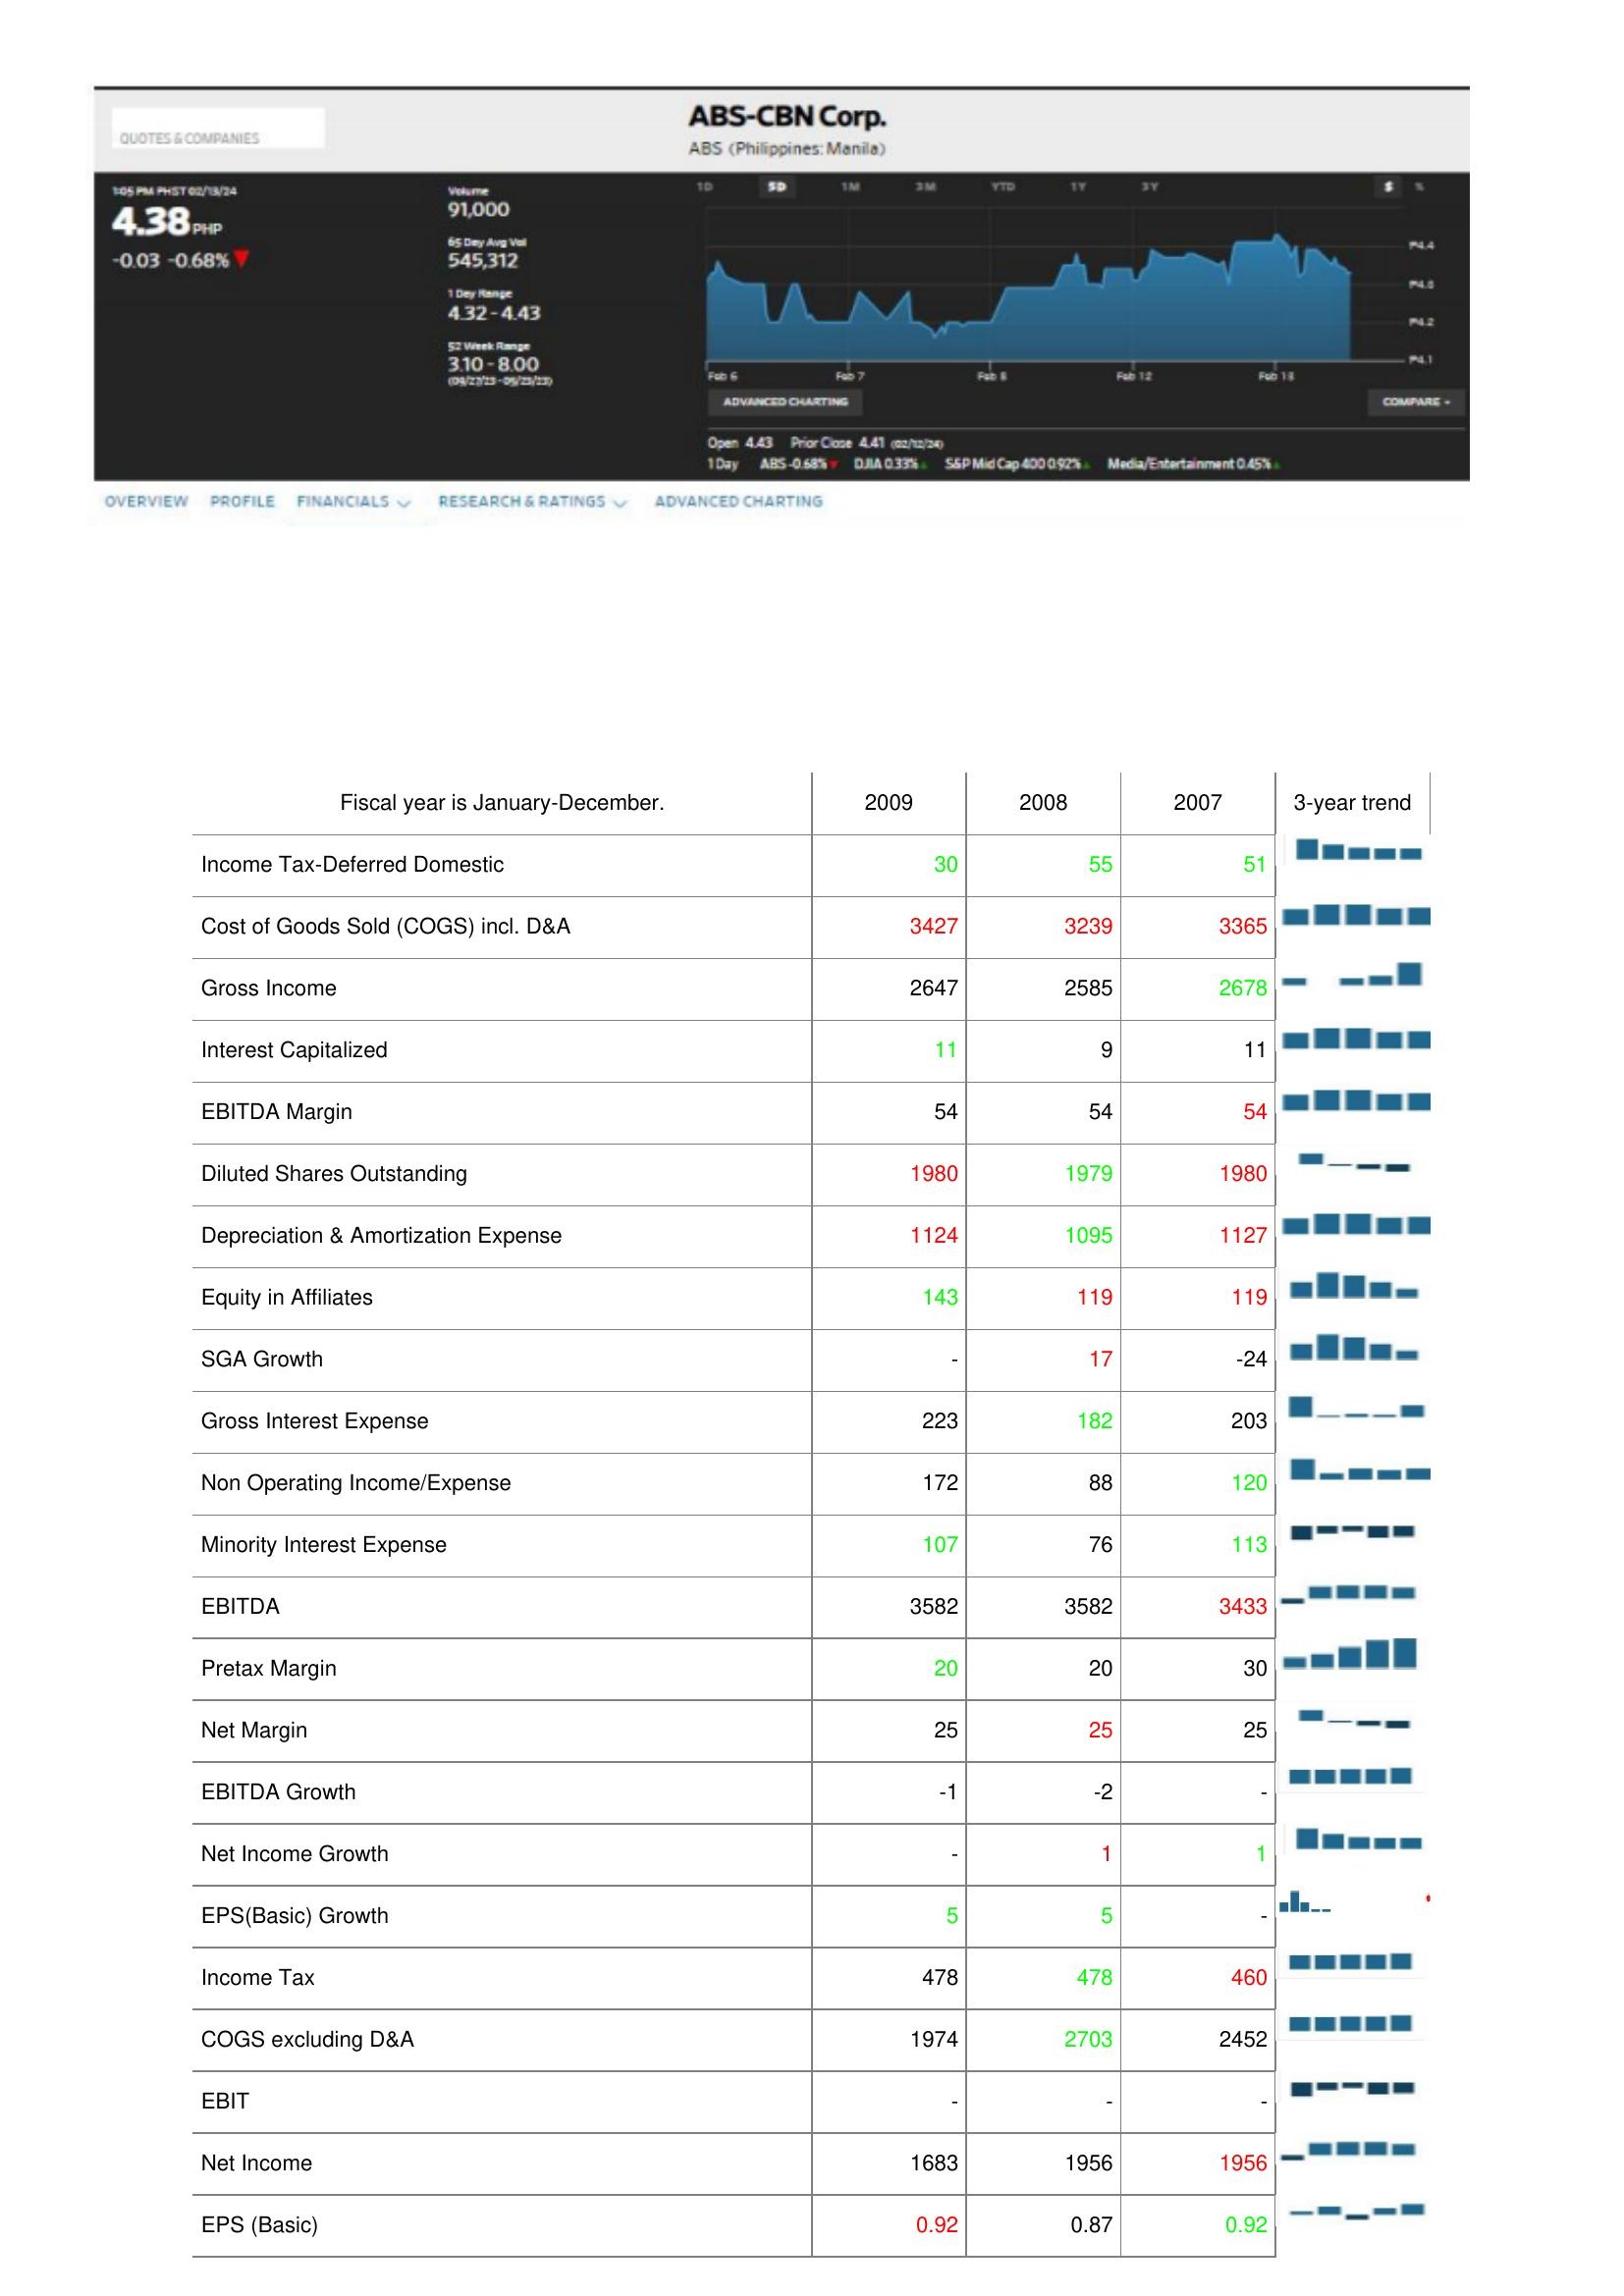
2009: : Income Tax-Deferred Domestic: 30
Cost of Goods Sold (COGS) incl. D&A: 3427
Gross Income: 2647
Interest Capitalized: 11
EBITDA Margin: 54
Diluted Shares Outstanding: 1980
Depreciation & Amortization Expense: 1124
Equity in Affiliates: 143
SGA Growth: -
Gross Interest Expense: 223
Non Operating Income/Expense: 172
Minority Interest Expense: 107
EBITDA: 3582
Pretax Margin: 20
Net Margin: 25
EBITDA Growth: -1
Net Income Growth: -
EPS(Basic) Growth: 5
Income Tax: 478
COGS excluding D&A: 1974
EBIT: -
Net Income: 1683
EPS (Basic): 0.92
2008: : Income Tax-Deferred Domestic: 55
Cost of Goods Sold (COGS) incl. D&A: 3239
Gross Income: 2585
Interest Capitalized: 9
EBITDA Margin: 54
Diluted Shares Outstanding: 1979
Depreciation & Amortization Expense: 1095
Equity in Affiliates: 119
SGA Growth: 17
Gross Interest Expense: 182
Non Operating Income/Expense: 88
Minority Interest Expense: 76
EBITDA: 3582
Pretax Margin: 20
Net Margin: 25
EBITDA Growth: -2
Net Income Growth: 1
EPS(Basic) Growth: 5
Income Tax: 478
COGS excluding D&A: 2703
EBIT: -
Net Income: 1956
EPS (Basic): 0.87
2007: : Income Tax-Deferred Domestic: 51
Cost of Goods Sold (COGS) incl. D&A: 3365
Gross Income: 2678
Interest Capitalized: 11
EBITDA Margin: 54
Diluted Shares Outstanding: 1980
Depreciation & Amortization Expense: 1127
Equity in Affiliates: 119
SGA Growth: -24
Gross Interest Expense: 203
Non Operating Income/Expense: 120
Minority Interest Expense: 113
EBITDA: 3433
Pretax Margin: 30
Net Margin: 25
EBITDA Growth: -
Net Income Growth: 1
EPS(Basic) Growth: -
Income Tax: 460
COGS excluding D&A: 2452
EBIT: -
Net Income: 1956
EPS (Basic): 0.92